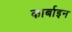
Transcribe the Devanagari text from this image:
कार्बाइन